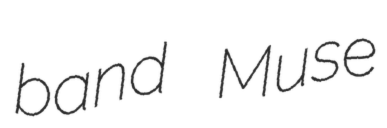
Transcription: band Muse